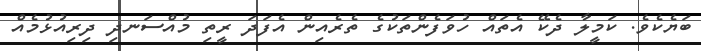
ބަޔެކެވެ. ކަމީލާ ދެކޭ އެތައް ހުވަފެންތަކުގެ ތެރެއިން އެފަދަ ރީތި މުއްސަނދި ދިރިއުޅުމެއް